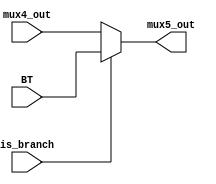
`timescale 1ns / 1ps
//////////////////////////////////////////////////////////////////////////////////
module mux_fifth(is_branch, mux4_out, BT, mux5_out);
    
    input [31:0] mux4_out, BT; 
    input is_branch; 
    output [31:0] mux5_out;
    
    assign mux5_out = (is_branch ? BT : mux4_out);
    
endmodule